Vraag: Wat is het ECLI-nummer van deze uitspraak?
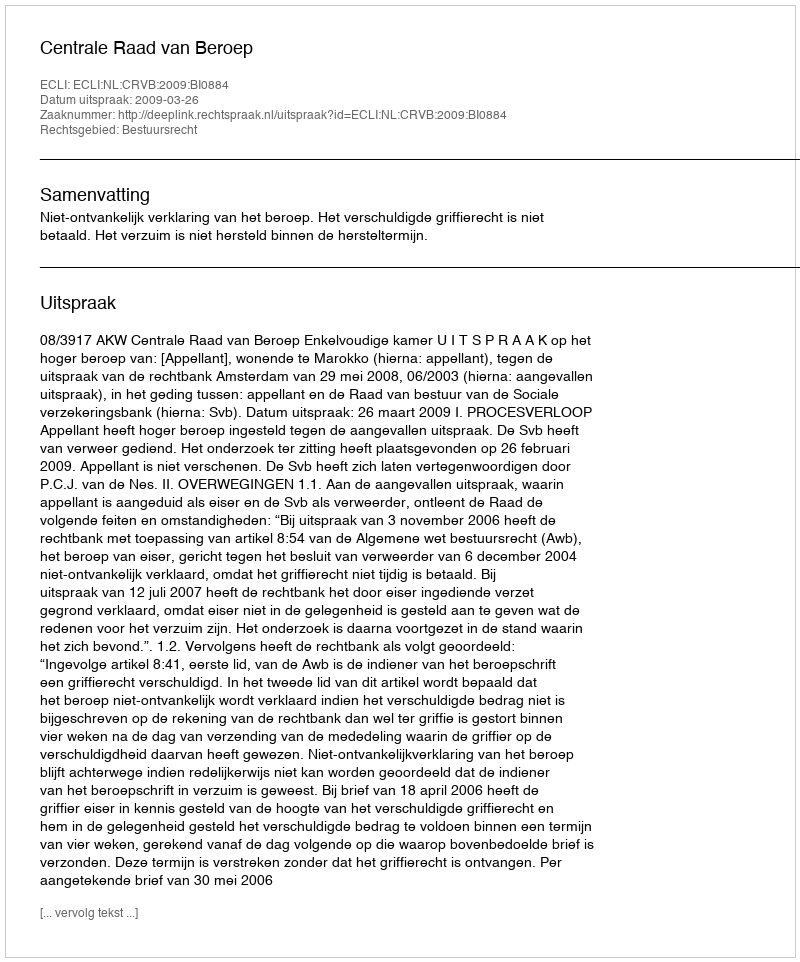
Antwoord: ECLI:NL:CRVB:2009:BI0884